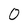
Character: 0